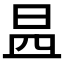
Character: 𣌬